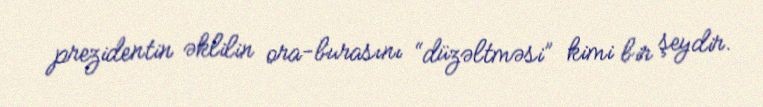
prezidentin əklilin ora-burasını “düzəltməsi” kimi bir şeydir.